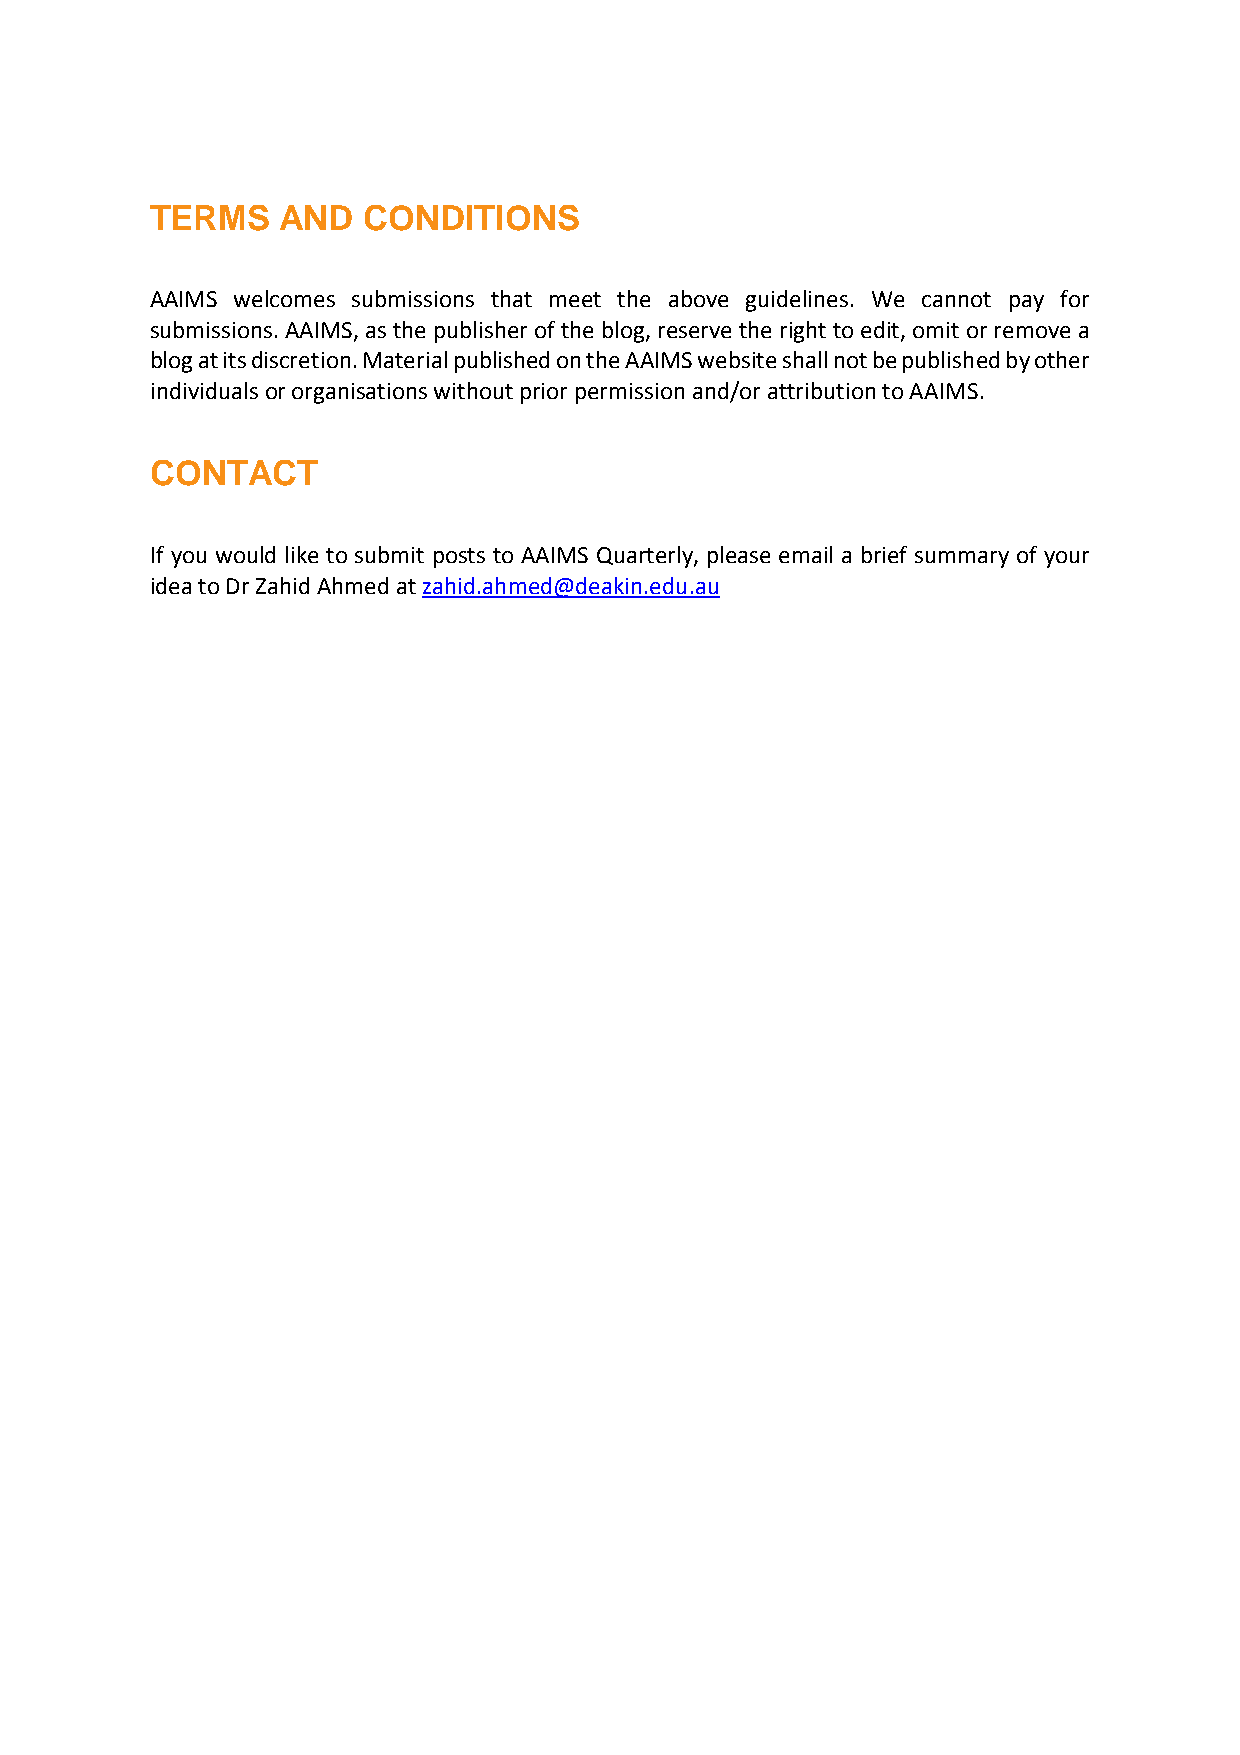
TERMS    AND  CONDITIONS
 AAIMS welcomes submissions that meet the above guidelines. We cannot pay for
 submissions. AAIMS, as the publisher of the blog, reserve the right to edit, omit or remove a
 blog at its discretion. Material published on the AAIMS website shall not be published by other
 individuals or organisations without prior permission and/or attribution to AAIMS.
 CONTACT
 If you would like to submit posts to AAIMS Quarterly, please email a brief summary of your
 idea to Dr Zahid Ahmed at zahid.ahmed@deakin.edu.au